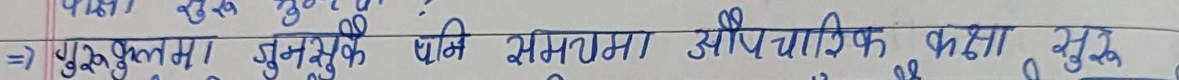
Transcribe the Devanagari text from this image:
गुरुकुलमा अनुरूप पनि सेमसोमा औपचारिक कक्षा सुरु